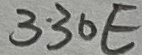
Text: 330E